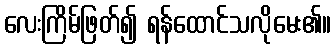
လေးကြိမ်ဖြတ်၍ ရန်ထောင်သလိုမေး၏။